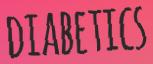
DIABETICS